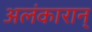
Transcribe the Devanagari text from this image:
अलंकारान्